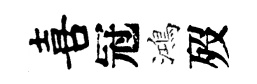
喜冠鴻歿